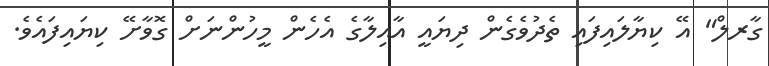
ގާރލް" އޭ ކިޔާލައިފައި ތެދުވެގެން ދިޔައީ އާއިލާގެ އެހެން މީހުންނަށް ގޮވާށޭ ކިޔައިފައެވެ.